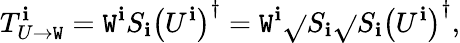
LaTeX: T_{U\rightarrow\mathtt{W}}^{\mathbf{i}}=\mathtt{W}^{\mathbf{i}}S_{\mathbf{i}}\left(U^{\mathbf{i}}\right)^{\dagger}=\mathtt{W}^{\mathbf{i}}\sqrt{}{{S}}_{\mathbf{i}}\sqrt{}{{S}}_{\mathbf{i}}\left(U^{\mathbf{i}}\right)^{\dagger},